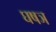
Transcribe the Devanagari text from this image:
घषञ